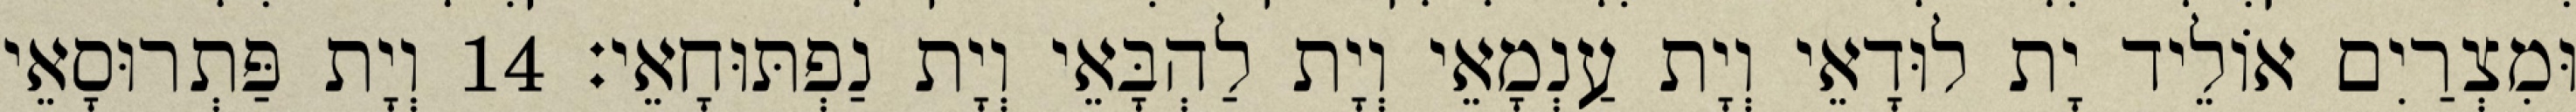
וּמִצְרַיִם אוֹלֵיד יָת לוּדָאֵי וְיָת עַנְמָאֵי וְיָת לַהְבָּאֵי וְיָת נַפְתּוּחָאֵי׃ 14 וְיָת פַּתְרוּסָאֵי